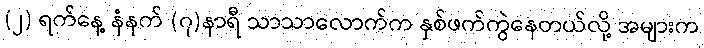
(၂) ရက်နေ့ နံနက် (၇)နာရီ သာသာလောက်က နှစ်ဖက်ကွဲနေတယ်လို့ အများက